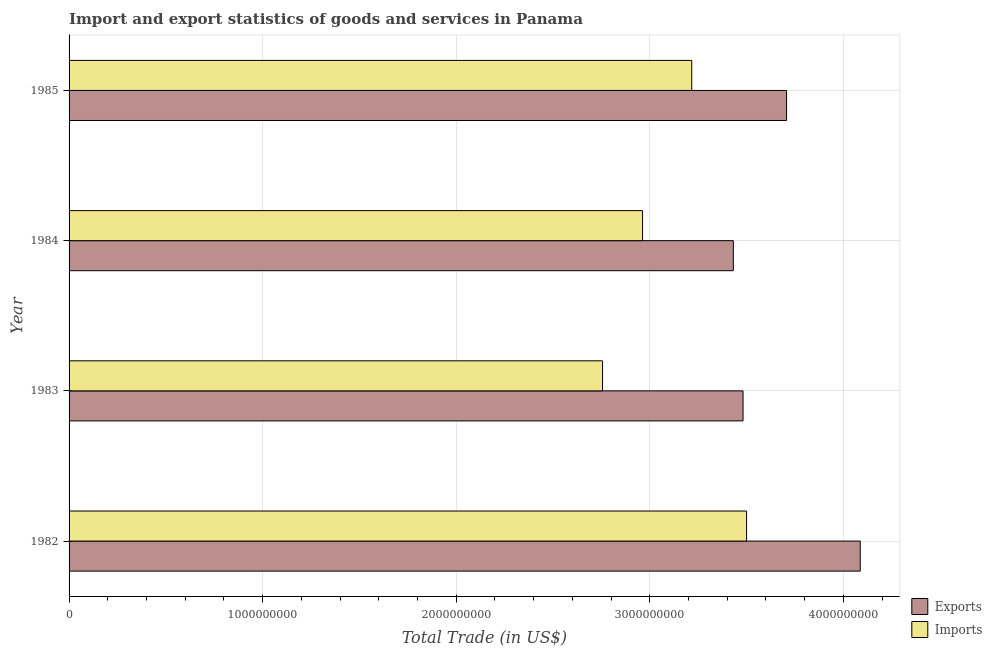
| Year | Exports | Imports |
 | --- | --- | --- |
 | 1982 | 4.09e+09 | 3.5e+09 |
 | 1983 | 3.48e+09 | 2.76e+09 |
 | 1984 | 3.43e+09 | 2.96e+09 |
 | 1985 | 3.71e+09 | 3.22e+09 |